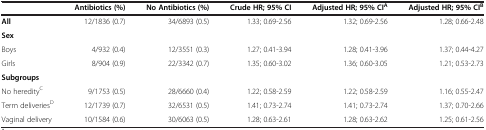
|  | Antibiotics (%) | No Antibiotics (%) | Crude HR; 95% CI | Adjusted HR; 95% CIA | Adjusted HR; 95% CIB |
 | --- | --- | --- | --- | --- | --- |
 | All | 12/1836 (0.7) | 34/6893 (0.5) | 1.33; 0.69-2.56 | 1.32; 0.69-2.56 | 1.28; 0.66-2.48 |
 | Sex |  |  |  |  |  |
 | Boys | 4/932 (0.4) | 12/3551 (0.3) | 1.27; 0.41-3.94 | 1.28; 0.41-3.96 | 1.37; 0.44-4.27 |
 | Girls | 8/904 (0.9) | 22/3342 (0.7) | 1.35; 0.60-3.02 | 1.36; 0.60-3.05 | 1.21; 0.53-2.73 |
 | Subgroups |  |  |  |  |  |
 | No heredityC | 9/1753 (0.5) | 28/6660 (0.4) | 1.22; 0.58-2.59 | 1.22; 0.58-2.59 | 1.16; 0.55-2.47 |
 | Term deliveriesD | 12/1739 (0.7) | 32/6531 (0.5) | 1.41; 0.73-2.74 | 1.41; 0.73-2.74 | 1.37; 0.70-2.66 |
 | Vaginal delivery | 10/1584 (0.6) | 30/6063 (0.5) | 1.28; 0.63-2.61 | 1.28; 0.63-2.62 | 1.25; 0.61-2.56 |